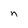
Character: n